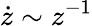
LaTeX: \dot{z}\sim z^{-1}